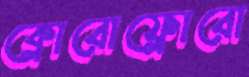
ক্লোরোফ্লোরো